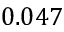
0 . 0 4 7